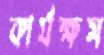
কার্যক্ষম